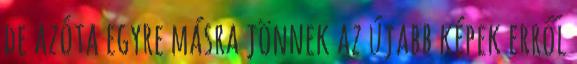
de azóta egyre másra jönnek az újabb képek erről